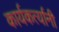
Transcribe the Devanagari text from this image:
कार्यकर्त्‍यानी